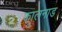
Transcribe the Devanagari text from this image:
कालनाड